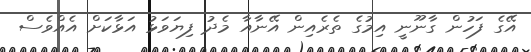
އޭގެ ފަހުން ގާނޫނީ އިމުގެ ތެރެއިން އޭނާއާ މެދު ފިޔަވަޅު އަޅާކަށް އެއްވެސް